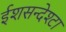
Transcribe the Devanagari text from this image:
ईशसन्देश्टा